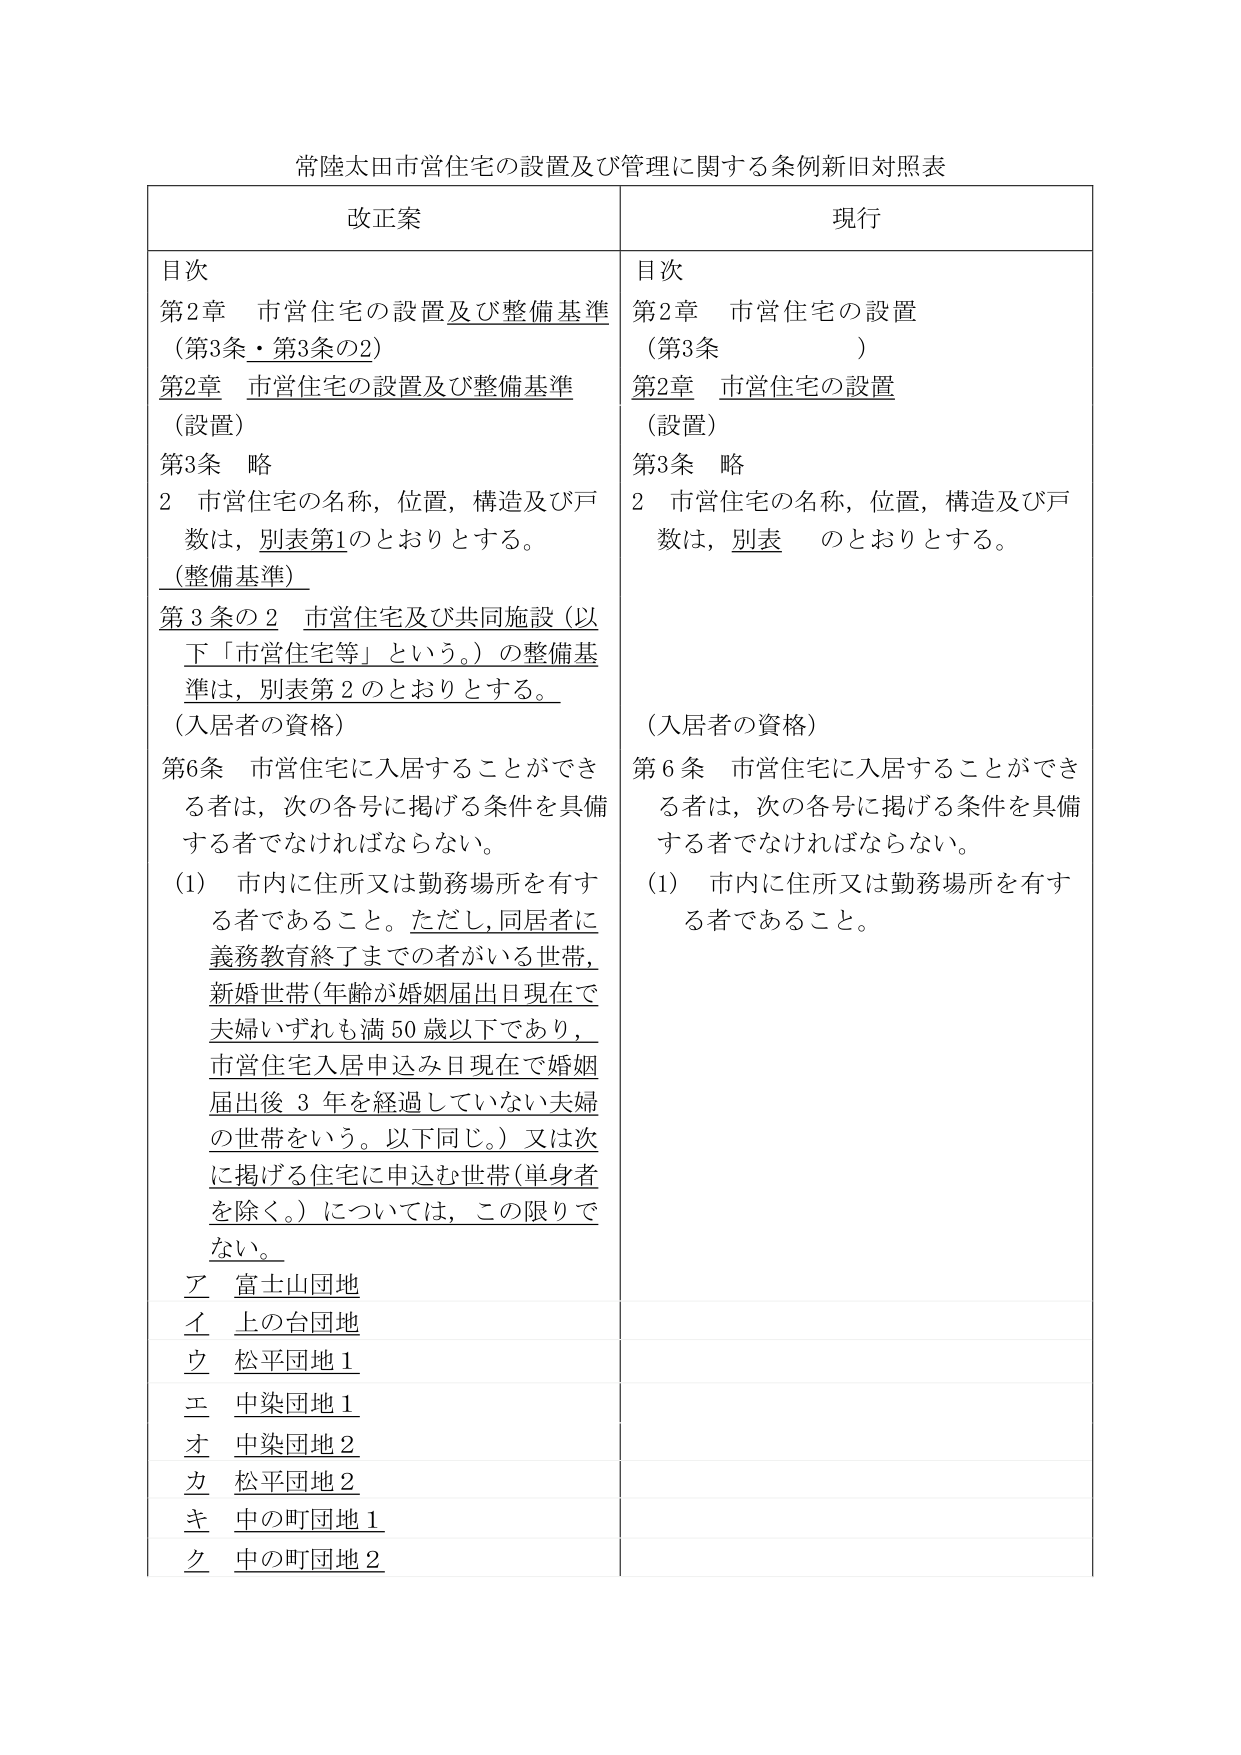
常陸太田市営住宅の設置及び管理に関する条例新旧対照表

改正案
目次
第2章 市営住宅の設置及び整備基準
（第3条・第3条の2）
第2章 市営住宅の設置及び整備基準
（設置）
第3条 略
2 市営住宅の名称，位置，構造及び戸数は，別表第1のとおりとする。
（整備基準）
第3条の2 市営住宅及び共同施設（以下「市営住宅等」という。）の整備基準は，別表第2のとおりとする。
（入居者の資格）
第6条 市営住宅に入居することができる者は，次の各号に掲げる条件を具備する者でなければならない。
(1) 市内に住所又は勤務場所を有する者であること。ただし，同居者に義務教育終了までの者がいる世帯，新婚世帯（年齢が婚姻届出日現在で夫婦いずれも満50歳以下であり，市営住宅入居申込み日現在で婚姻届出後3年を経過していない夫婦の世帯をいう。以下同じ。）又は次に掲げる住宅に申込む世帯（単身者を除く。）については，この限りでない。
ア 富士山団地
イ 上の台団地
ウ 松平団地1
エ 中染団地1
オ 中染団地2
カ 松平団地2
キ 中の町団地1
ク 中の町団地2

現行
目次
第2章 市営住宅の設置
（第3条 ）
第2章 市営住宅の設置
（設置）
第3条 略
2 市営住宅の名称，位置，構造及び戸数は，別表 のとおりとする。
（入居者の資格）
第6条 市営住宅に入居することができる者は，次の各号に掲げる条件を具備する者でなければならない。
(1) 市内に住所又は勤務場所を有する者であること。